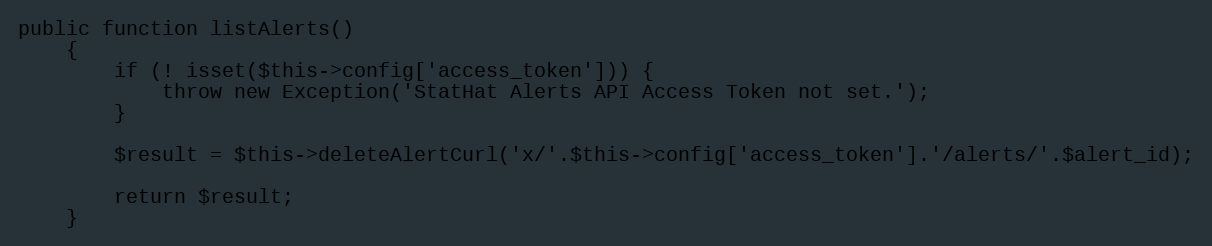
Language: PHP
public function listAlerts()
    {
        if (! isset($this->config['access_token'])) {
            throw new Exception('StatHat Alerts API Access Token not set.');
        }

        $result = $this->deleteAlertCurl('x/'.$this->config['access_token'].'/alerts/'.$alert_id);

        return $result;
    }